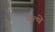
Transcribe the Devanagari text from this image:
गुत्थे